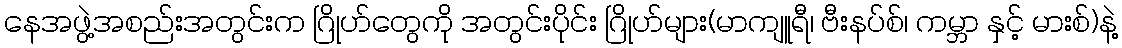
နေအဖွဲ့အစည်းအတွင်းက ဂြိုဟ်တွေကို အတွင်းပိုင်း ဂြိုဟ်များ(မာကျူရီ၊ ဗီးနပ်စ်၊ ကမ္ဘာ နှင့် မားစ်)နဲ့